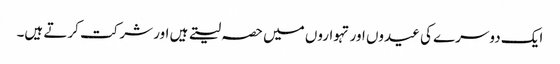
ایک دوسرے کی عیدوں اور تہواروں میں حصہ لیتے ہیں اور شرکت کرتے ہیں۔